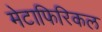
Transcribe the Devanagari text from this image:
मेटाफिरिकल